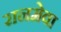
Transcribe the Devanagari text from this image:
रानमेवा